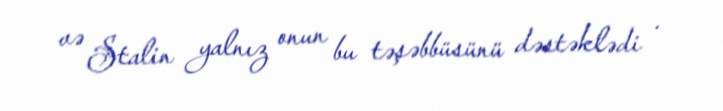
və Stalin yalnız onun bu təşəbbüsünü dəstəklədi .